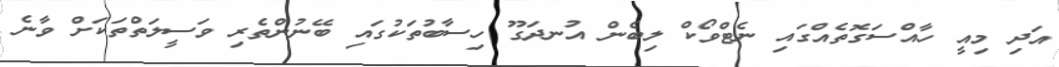
އަދި މިއީ ހާއްސަގޮތެއްގައި ނެޓްވޯކް ލިބެން އުނދަގޫ ހިސާބުތަކުގައި ބޭނުންތެރި ވަސީލަތްތަކަށް ވާނެ